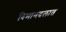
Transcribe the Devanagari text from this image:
विमानदलात